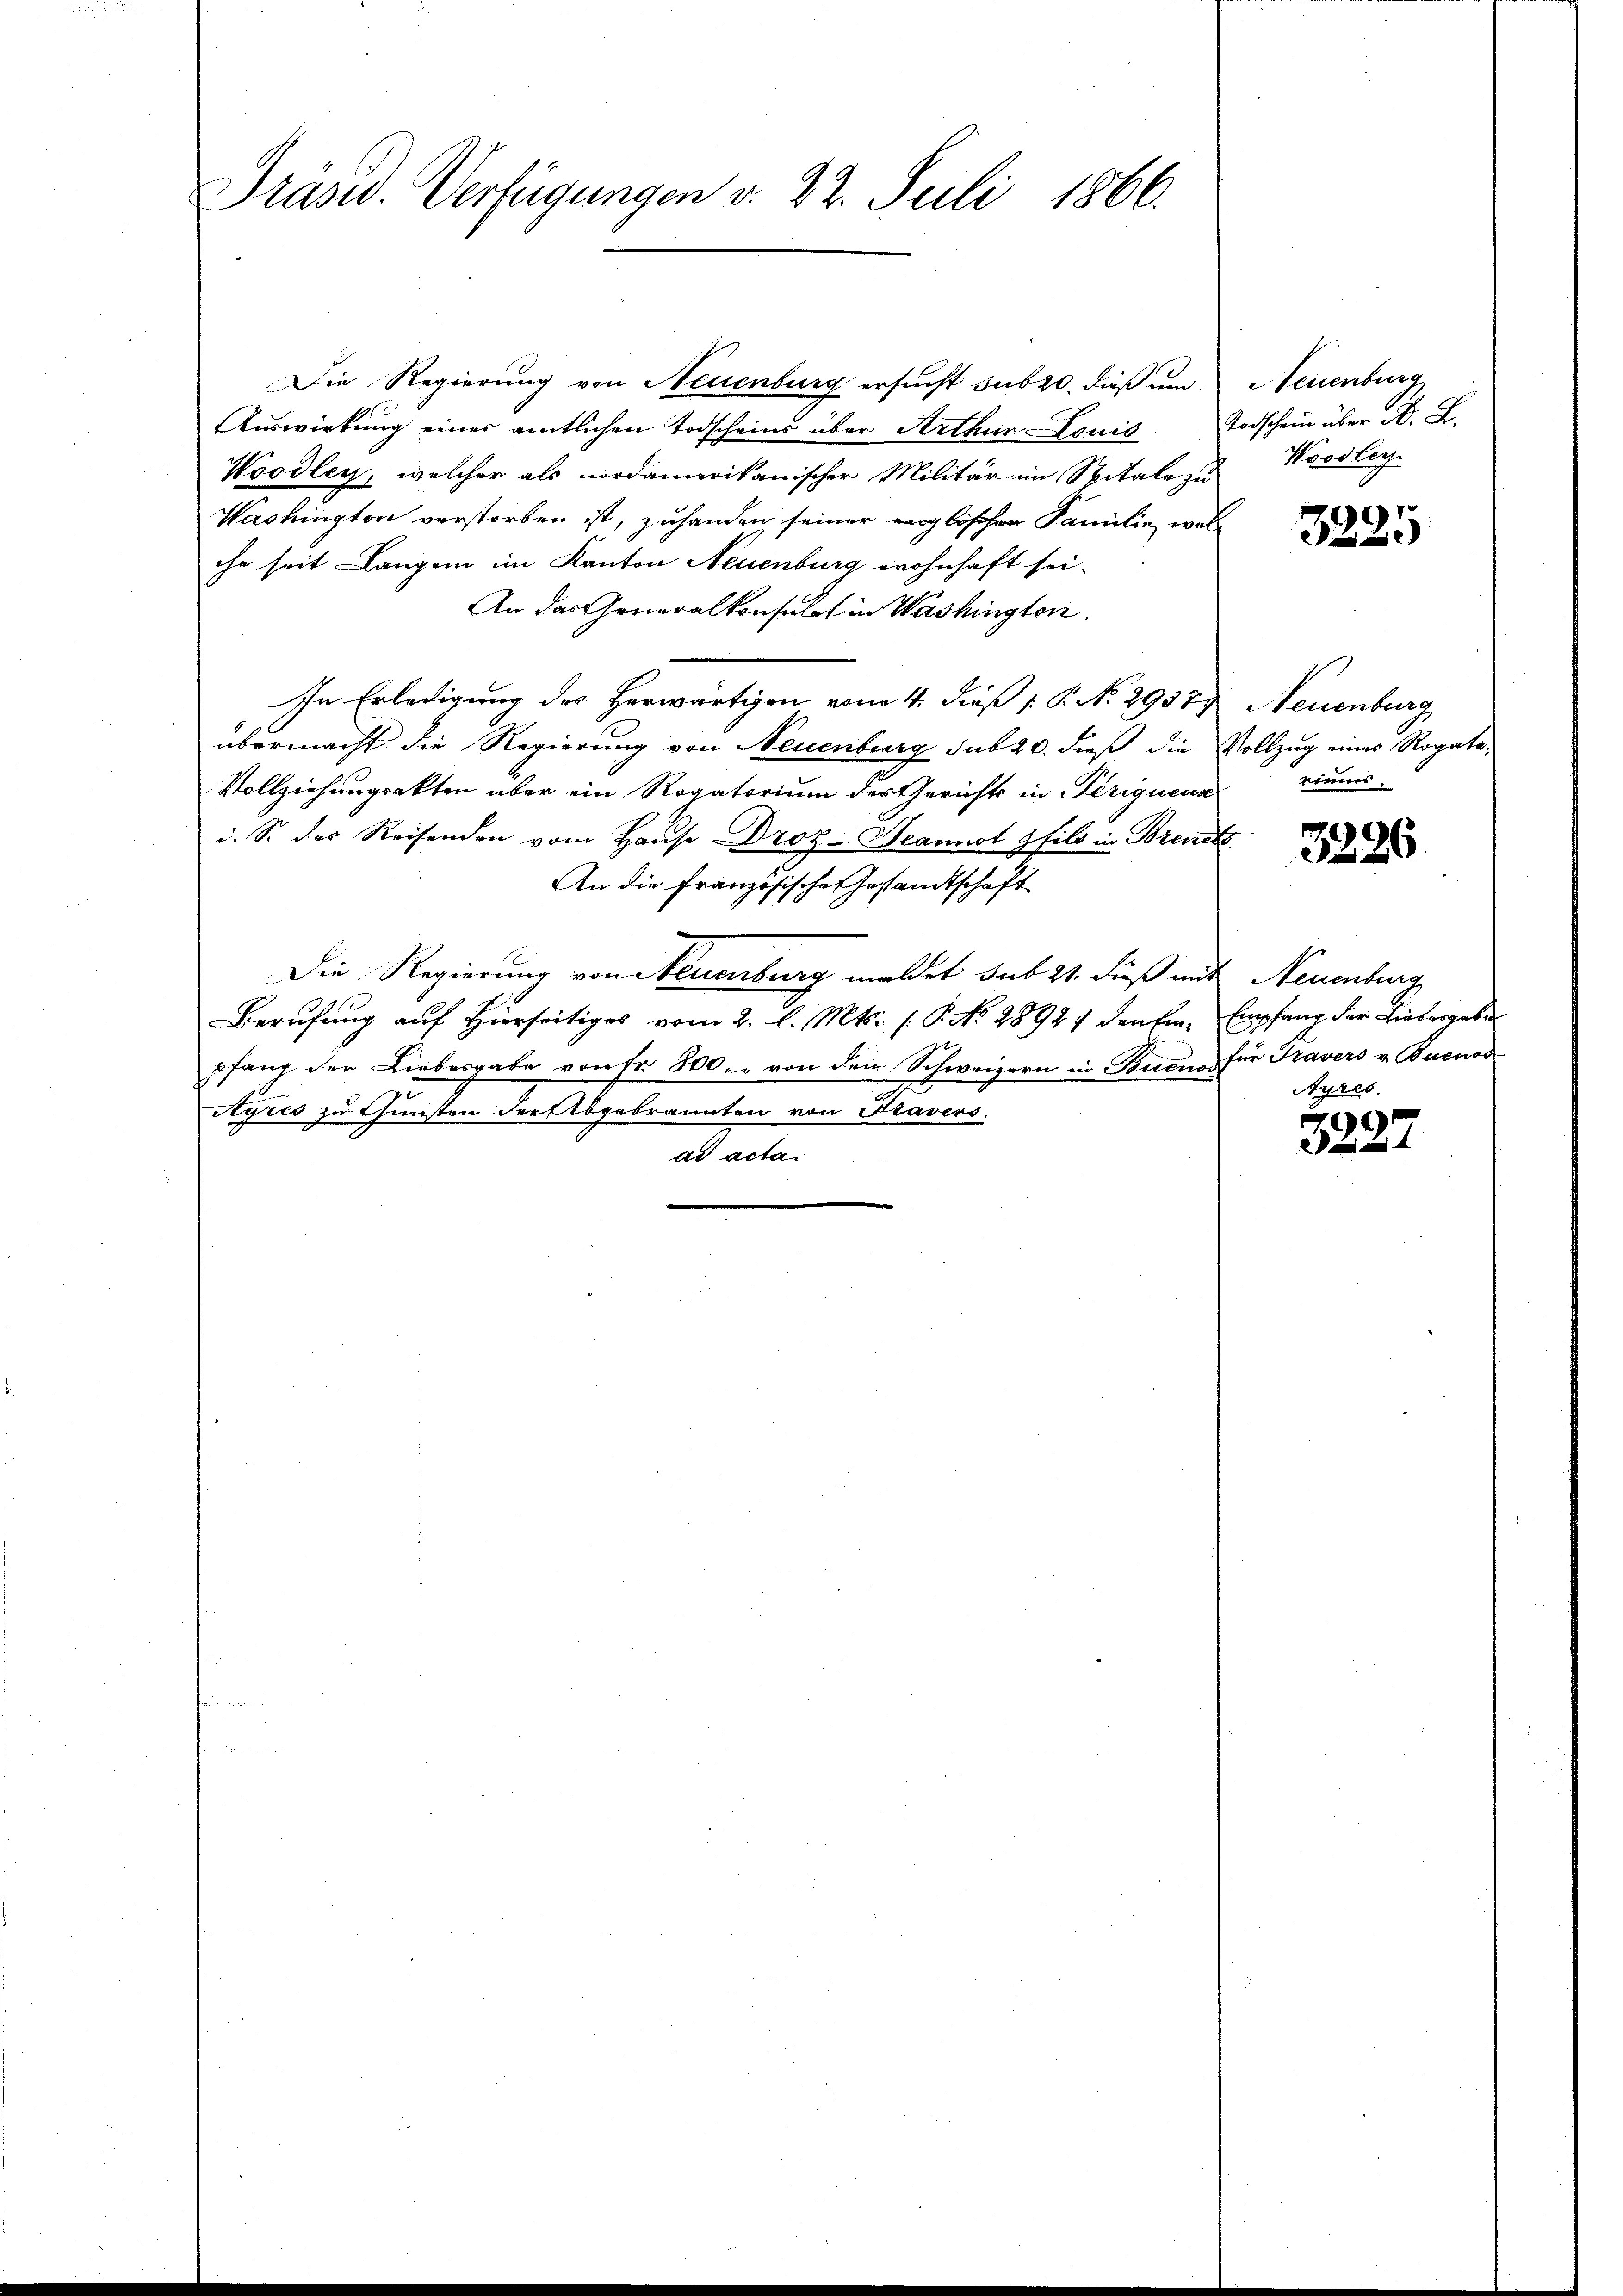
Präsid. Verfügungen v. 22. Juli 1866.

Die Regierung von Neuenburg ersucht subro, daß um Neuenburg
Aŭswirkŭng einer amtlichen Todscheins über Arthur Louis Todschein über A. L.
Woodley, welcher als nordamerikanischer Militär im Spitale zu
Washington verstorben ist, zuhanden seiner englischen Familie, welc
che seit Langen im Kanton Neuenburg wohnhaft sei.
An das Generalkonsulat in Washingten.
In Erledigung des Herwärtigen vom 4. dieß P. No 2937) Neuenburg
übermacht die Regierung von Neuenburg sub 20. dieß die Vollzug eines Rogate-
Vollziehungsakten über ein Rogatorium der Gerichts in Perigueur
i. S. der Reisenden vom Hause Droz-Seannst pfils in Brinets.
An die französische Gesandtschaft
Die Regierung von Neuenburg meldet sub 21. dieß mit Neuenburg
Berufung auf Hierseitiges vom 2. l. Mts. (T. No. 2892 densen, Empfang der Liebergeben
pfang der Liebesgabe von Fr. 800. von den Schweizern in Buens für Travers v. Buenos
Ayres zu Gunsten der Abgebrannten von Kravers
ad acta

Woodley

9
 ein

rinnes.

3226

Ayres

.
4